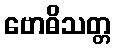
ဗောဓိသတ္တ